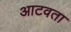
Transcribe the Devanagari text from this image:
आटवता